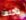
تأكلها